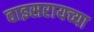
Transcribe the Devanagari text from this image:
वाइसरायच्या